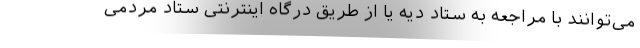
می‌توانند با مراجعه به ستاد دیه یا از طریق درگاه اینترنتی ستاد مردمی